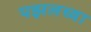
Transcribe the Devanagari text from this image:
पझलच्या